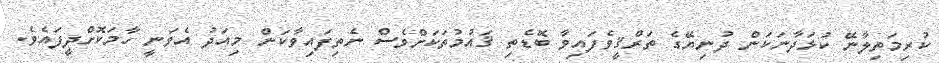
ކުރިމަތިލާނޭ ކުޅަދާނަކަން ދުނިޔޭގެ ތަރްޤީވެފައިވާ ބޮޑެތި ޤައުމުތަކަށްވެސް ނެތިފައިވާކަން މިއަދު އެވަނީ ހާމަކޮށްދީފައެވެ.